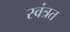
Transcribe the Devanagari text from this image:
स्वंत्रत